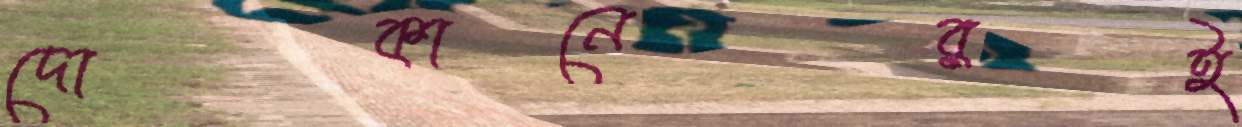
দোকানেরই